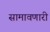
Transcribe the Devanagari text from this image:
सामावणारी